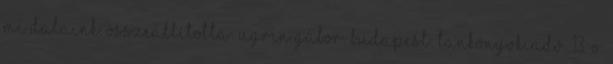
mi dalaink. Összeállította: Ugrin Gábor. Budapest: Tankönyvkiadó. 13. o.